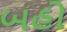
બહો